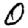
Digit: 0